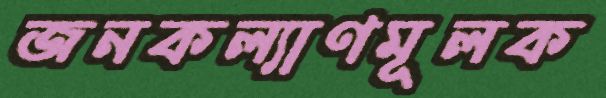
জনকল্যাণমূলক